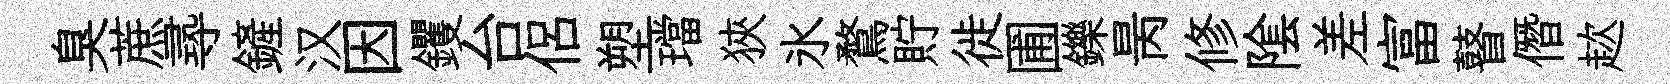
臭蔗𡬶鏟汉因钁台侶塑璫狹氷鶩貯徙圃鑠昺修隂差富瞽僭趑